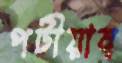
পটীয়ান্‌